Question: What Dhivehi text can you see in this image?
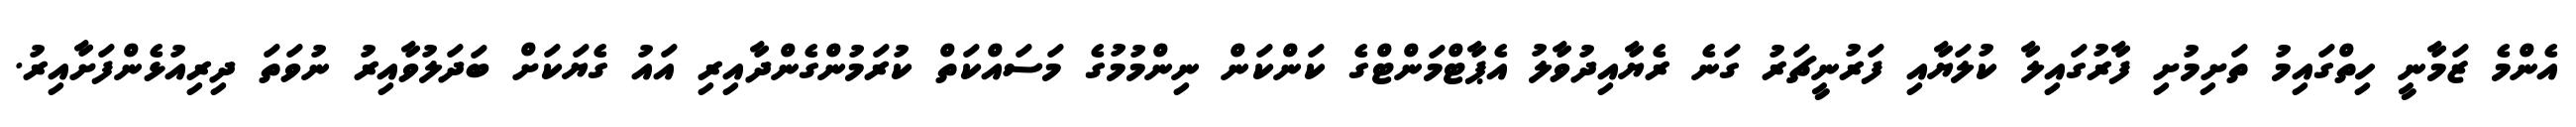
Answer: އެންމެ ޒަމާނީ ހިތްގައިމު ތަށިމުށި ފާރުގައިލާ ކުލަޔާއި ފަރުނީޗަރު ގަނެ ރެޔާއިދުވާލު އެޕާޓްމަންޓްގެ ކަންކަން ނިންމުމުގެ މަސައްކަތް ކުރަމުންގެންދާއިރި އައު ގެޔަކަށް ބަދަލުވާއިރު ނުވަތަ ދިރިއުޅެންފަށާއިރު.